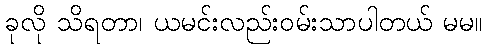
ခုလို သိရတာ၊ ယမင်းလည်းဝမ်းသာပါတယ် မမ။